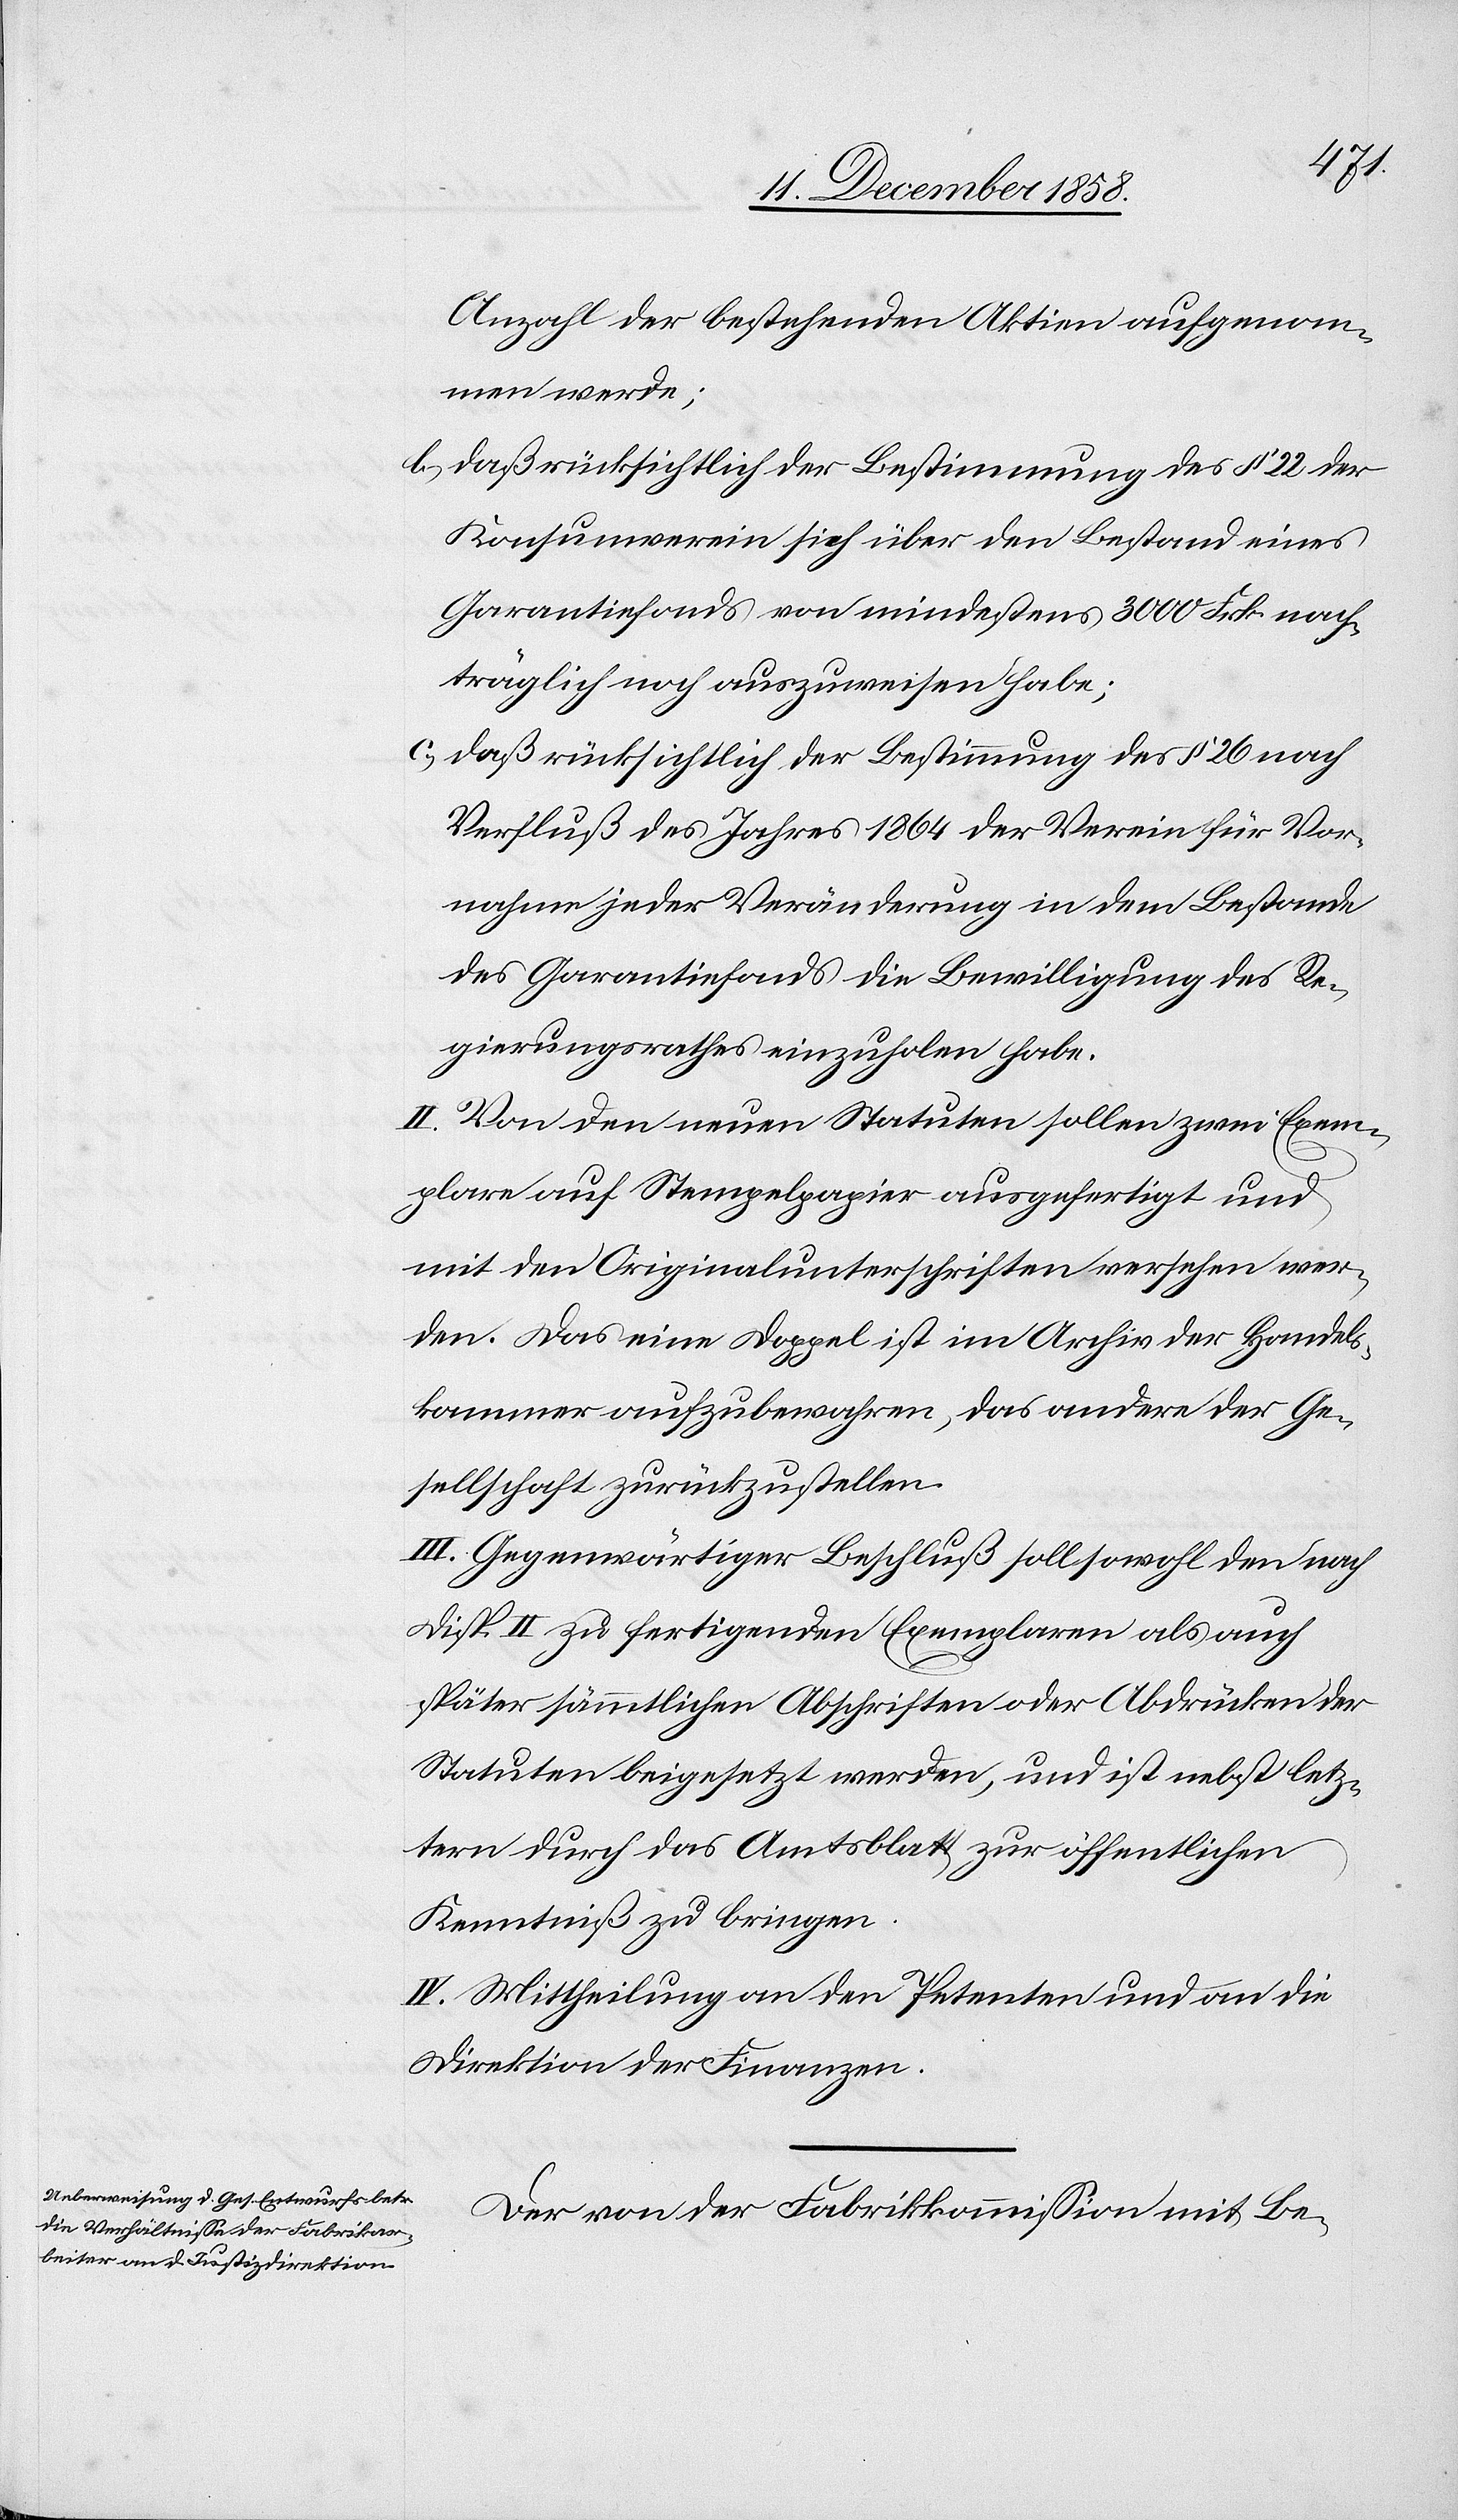
Anzahl der bestehenden Aktien aufgenom¬
men werde;
daß rücksichtlich der Bestimmung des § 22 der
Konsumverein sich über den Bestand eines
Garantiefonds von mindestens 3000 Frk. nach¬
träglich noch auszuweisen habe;
daß rücksichtlich der Bestimmung des § 26 nach
Verfluß des Jahres 1864 der Verein für Vor¬
nahme jeder Veränderung in dem Bestande
des Garantiefonds die Bewilligung des Re¬
gierungsrathes einzuholen habe.
II. Von den neuen Statuten sollen zwei Exem¬
plare auf Stempelpapier ausgefertigt und
mit den Originalunterschriften versehen wer¬
den. Das eine Doppel ist im Archiv der Handels¬
kammer aufzubewahren, das andere der Ge¬
sellschaft zurückzustellen.
III. Gegenwärtiger Beschluß soll sowohl den nach
Disp. II zu fertigenden Exemplaren als auch
später sämmtlichen Abschriften oder Abdrücken der
Statuten beigesetzt werden, und ist nebst letz¬
tern durch das Amtsblatt zur öffentlichen
Kenntniß zu bringen.
IV. Mittheilung an den Petenten und an die
Direktion der Finanzen.
Der von der Fabrikkommission mit Be-